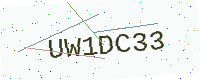
Text: UW1DC33